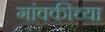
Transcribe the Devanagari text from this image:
गांवकीच्या